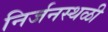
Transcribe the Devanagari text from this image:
निर्जनस्थळी